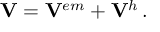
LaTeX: \mathbf { V } = \mathbf { V } ^ { e m } + \mathbf { V } ^ { h } \, .